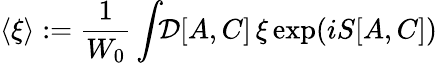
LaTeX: \langle\xi\rangle:={\frac{1}{W_{0}}}\int\! \! {\cal D}[A,C]\, \xi\exp(iS[A,C])